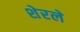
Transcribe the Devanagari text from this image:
शेरले